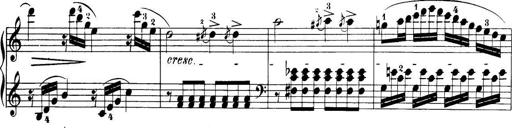
Title: 32 Sonatinas and Rondos for the Piano
Composer: Richard Kleinmichel